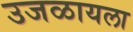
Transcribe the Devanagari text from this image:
उजळायला